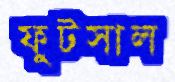
ফুটসাল